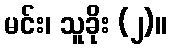
မင်း၊ သူခိုး (၂)။